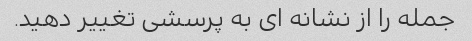
جمله را از نشانه ای به پرسشی تغییر دهید.